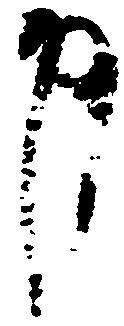
申